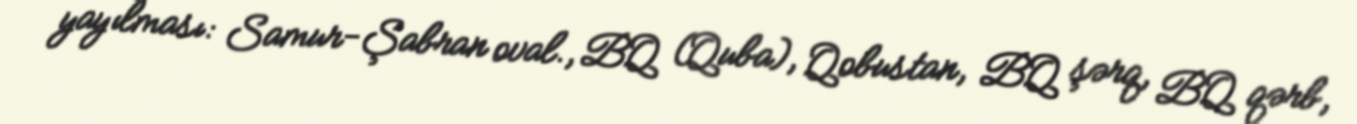
yayılması: Samur-Şabran oval., BQ (Quba), Qobustan, BQ şərq, BQ qərb,